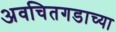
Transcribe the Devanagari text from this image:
अवचितगडाच्या